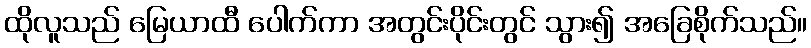
ထိုလူသည် မြေယာထီ ပေါက်ကာ အတွင်းပိုင်းတွင် သွား၍ အခြေစိုက်သည်။